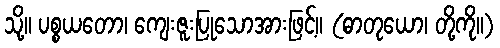
သို့။ ပစ္စယတော၊ ကျေးဇူးပြုသောအားဖြင့်။ (ဓာတုယော၊ တို့ကို။)